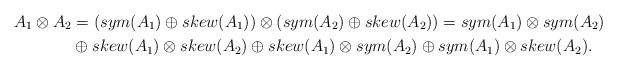
LaTeX: \begin{align*}A_{1}\otimes A_{2} & =(sym(A_{1})\oplus skew(A_{1}))\otimes(sym(A_{2})\oplus skew(A_{2}))=sym(A_{1})\otimes sym(A_{2})\\ & \oplus skew(A_{1})\otimes skew(A_{2})\oplus skew(A_{1})\otimes sym(A_{2})\oplus sym(A_{1})\otimes skew(A_{2}).\end{align*}